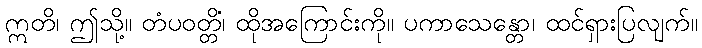
ဣတိ၊ ဤသို့။ တံပဝတ္တိံ၊ ထိုအကြောင်းကို။ ပကာသေန္တော၊ ထင်ရှားပြလျက်။